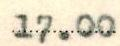
17.00